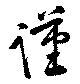
謹